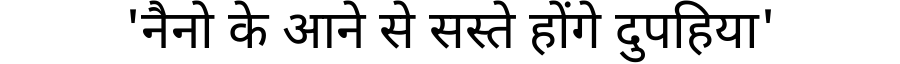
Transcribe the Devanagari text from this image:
'नैनो के आने से सस्ते होंगे दुपहिया'